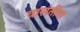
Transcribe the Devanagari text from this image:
वासंतींना